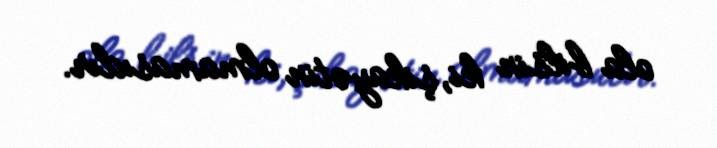
ola bilsin ki, şikayətin olmamasıdır.